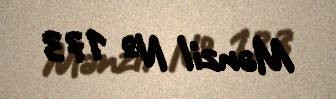
Mənzil № 173